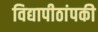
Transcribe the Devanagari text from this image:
विद्यापीठांपकी